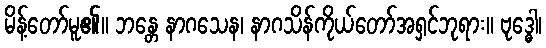
မိန့်တော်မူ၏။ ဘန္တေ နာဂသေန၊ နာဂသိန်ကိုယ်တော်အရှင်ဘုရား။ ဗုဒ္ဓေါ၊